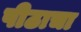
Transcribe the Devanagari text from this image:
पीठाचा